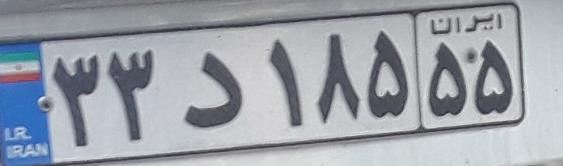
۳۳د۱۸۵۵۵